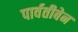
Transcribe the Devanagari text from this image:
पार्वतीबेन